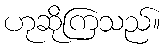
ဟုဆိုကြသည်။